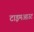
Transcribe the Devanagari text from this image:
टाइमआउट